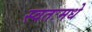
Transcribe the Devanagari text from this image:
स्वतःमधे